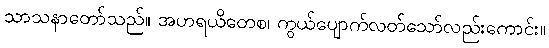
သာသနာတော်သည်။ အဟရယိတေစ၊ ကွယ်ပျောက်လတ်သော်လည်းကောင်း။